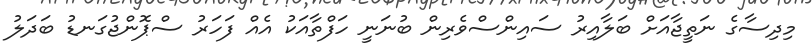
މިދިސާގެ ނަތީޖާއަށް ބަލާއިރު ސައިންސްވެރިން ބުނަނީ ހަފްތާއަކު އެއް ފަހަރު ސްޕޮންޖުގަނޑު ބަދަލު